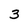
Character: 3